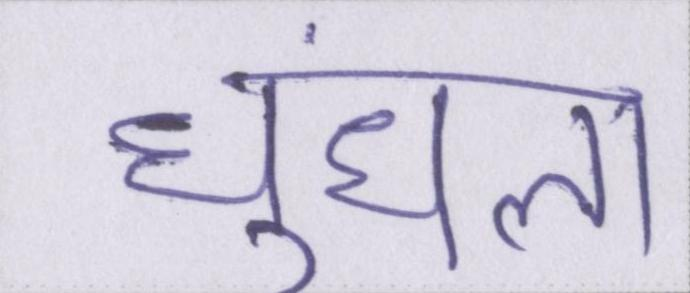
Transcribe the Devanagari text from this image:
धुंधला